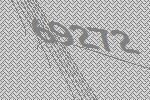
69272